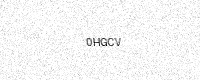
Text: 0HGCV